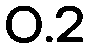
0.2